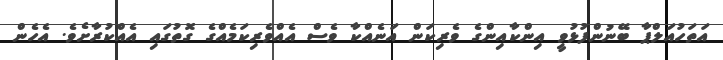
އަތަހުއަލްޕާ ބޭނުންފުޅުވީ އިންކާއިންގެ ވެރިކަން އަނެއްކާ ވެސް އެއްވެރިކަމެއްގެ ގޮތުގައި އެއްކުރާށެވެ. އެހެން